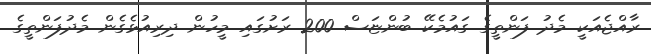
ރާއްޖެއަކީ މެދު ފަންތީގެ ގައުމެކޭ ބުންޏަސް 200 ރަށުގައި މީހުން ދިރިއުޅެގެން މެދުފަންތީގެ